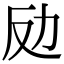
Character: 𠠻